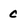
Character: C